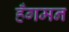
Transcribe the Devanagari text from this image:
हँगमन